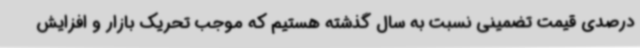
درصدی قیمت تضمینی نسبت به سال گذشته هستیم که موجب تحریک بازار و افزایش